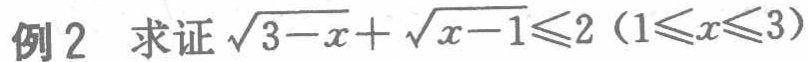
例2 求证\(\sqrt{3 - x}+ \sqrt{x - 1}\leqslant2\)（\(1\leqslant x\leqslant3\)）